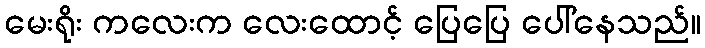
မေးရိုး ကလေးက လေးထောင့် ပြေပြေ ပေါ်နေသည်။